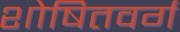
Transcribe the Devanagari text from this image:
शोषितवर्ग